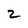
Character: 2